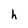
Character: h